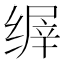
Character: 𬘽